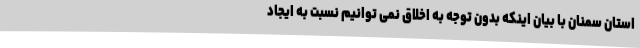
استان سمنان با بیان اینکه بدون توجه به اخلاق نمی توانیم نسبت به ایجاد